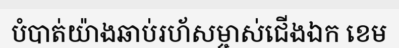
បំបាត់យ៉ាងឆាប់រហ័សម្ចាស់ជើងឯក ខេម